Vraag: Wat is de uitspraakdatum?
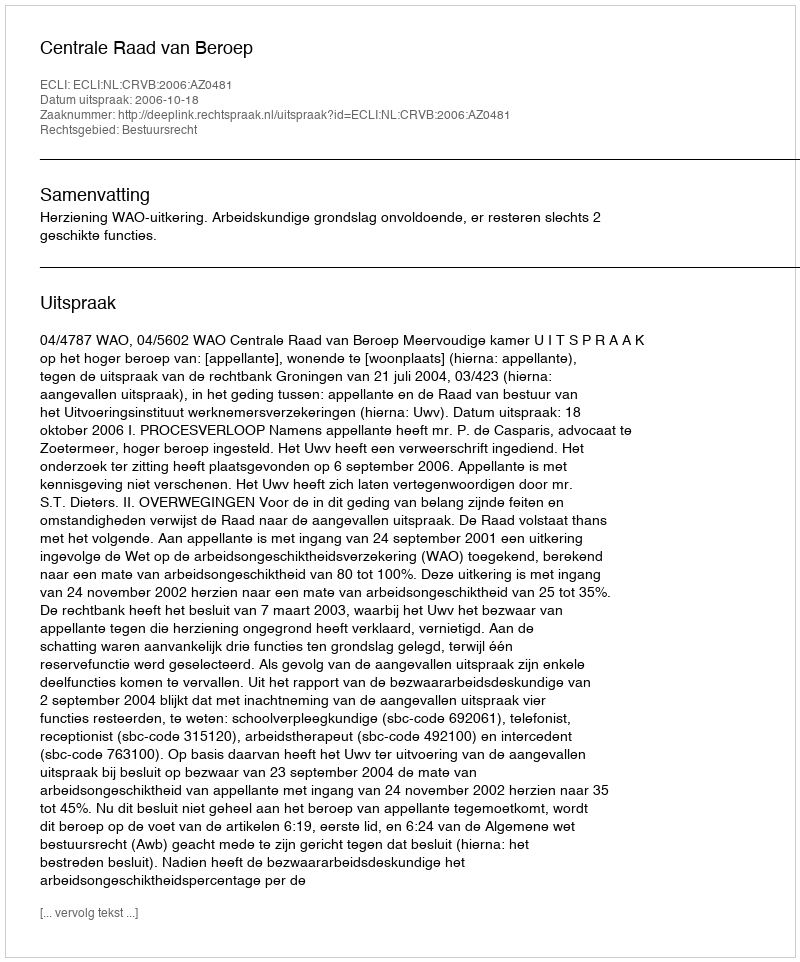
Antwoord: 2006-10-18